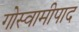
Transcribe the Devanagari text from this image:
गोस्वामीपाद